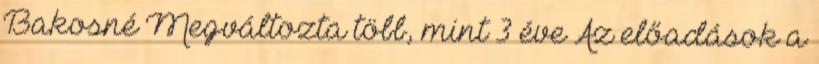
Bakosné Megváltozta több, mint 3 éve Az előadások a